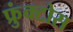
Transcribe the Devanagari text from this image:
फ्रुंक्टोस